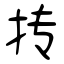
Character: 抟